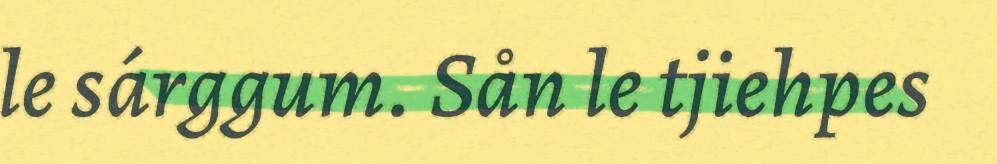
le sárggum. Sån le tjiehpes